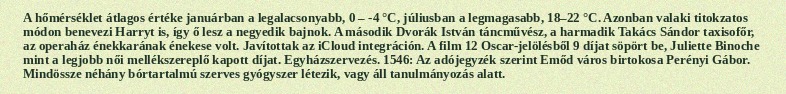
A hőmérséklet átlagos értéke januárban a legalacsonyabb, 0 – -4 °C, júliusban a legmagasabb, 18–22 °C. Azonban valaki titokzatos módon benevezi Harryt is, így ő lesz a negyedik bajnok. A második Dvorák István táncművész, a harmadik Takács Sándor taxisofőr, az operaház énekkarának énekese volt. Javítottak az iCloud integráción. A film 12 Oscar-jelölésből 9 díjat söpört be, Juliette Binoche mint a legjobb női mellékszereplő kapott díjat. Egyházszervezés. 1546: Az adójegyzék szerint Emőd város birtokosa Perényi Gábor. Mindössze néhány bórtartalmú szerves gyógyszer létezik, vagy áll tanulmányozás alatt.